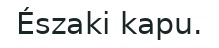
Északi kapu.